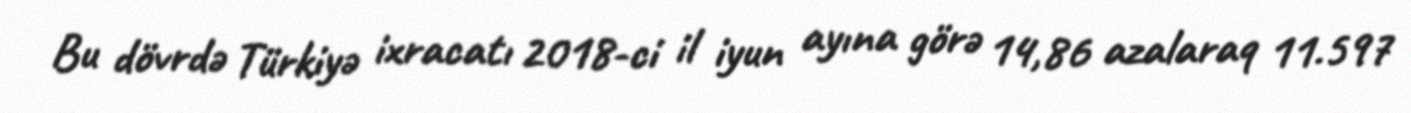
Bu dövrdə Türkiyə ixracatı 2018-ci il iyun ayına görə 14,86 azalaraq 11.597